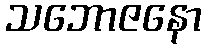
သဘောဇနော